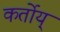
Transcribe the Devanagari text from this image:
कर्तोय्